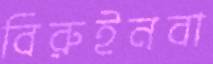
বিরুইনবা